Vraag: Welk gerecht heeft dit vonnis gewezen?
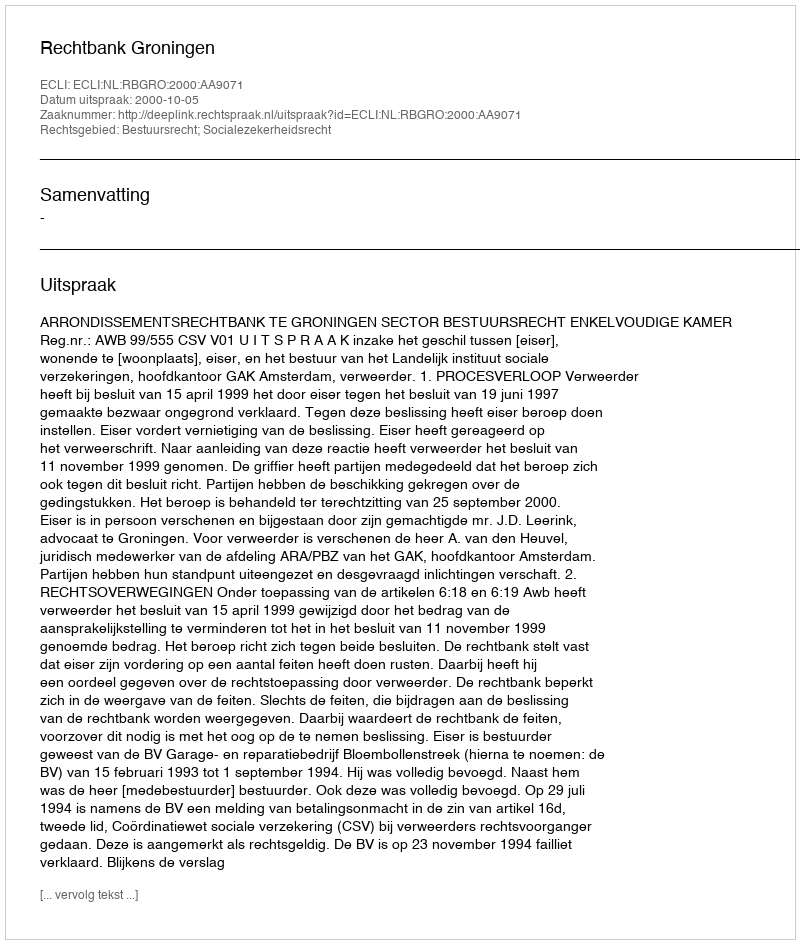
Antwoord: Rechtbank Groningen